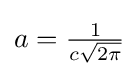
{\textstyle a={\tfrac {1}{c{\sqrt {2\pi }}}}}